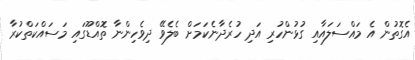
އެގޮތުން އެ މައްސަލައާއި ގުޅުންހުރި އަދި ހުރެދާނެކަމަށް ބެލެވޭ ދިވެހިންނާ ތޮއްޑޫގައި މަސައްކަތްކުރާ